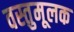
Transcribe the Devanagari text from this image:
वस्तुमूलक